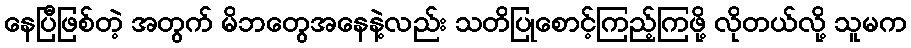
နေပြီဖြစ်တဲ့ အတွက် မိဘတွေအနေနဲ့လည်း သတိပြုစောင့်ကြည့်ကြဖို့ လိုတယ်လို့ သူမက